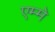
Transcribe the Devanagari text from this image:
एम्मे